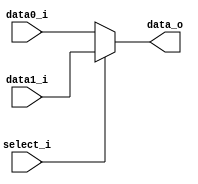
module MUX_2to1(
               data0_i,
               data1_i,
               select_i,
               data_o
               );

parameter size = 64;			   
			
//I/O ports               
input   [size-1:0] data0_i;          
input   [size-1:0] data1_i;
input              select_i;
output  [size-1:0] data_o; 

//Internal Signals
reg     [size-1:0] data_o;

//Main function
always@(*) begin
    if (select_i == 1'b0) 
        data_o = data0_i; 
    else 
        data_o = data1_i;
end

endmodule